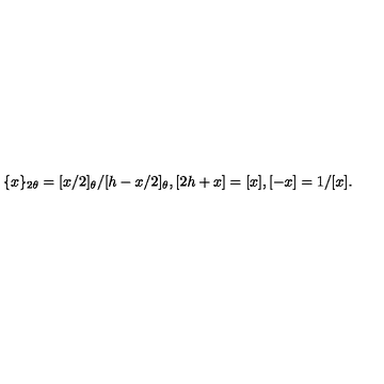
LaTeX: \{ x \} _ { 2 \theta } = [ x / 2 ] _ { \theta } / [ h - x / 2 ] _ { \theta } , [ 2 h + x ] = [ x ] , [ - x ] = 1 / [ x ] .